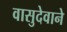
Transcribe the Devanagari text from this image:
वासुदेवाने